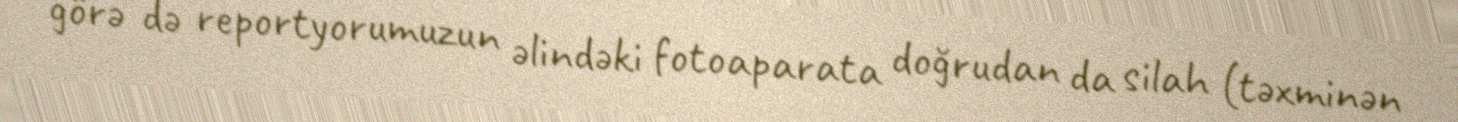
görə də reportyorumuzun əlindəki fotoaparata doğrudan da silah (təxminən